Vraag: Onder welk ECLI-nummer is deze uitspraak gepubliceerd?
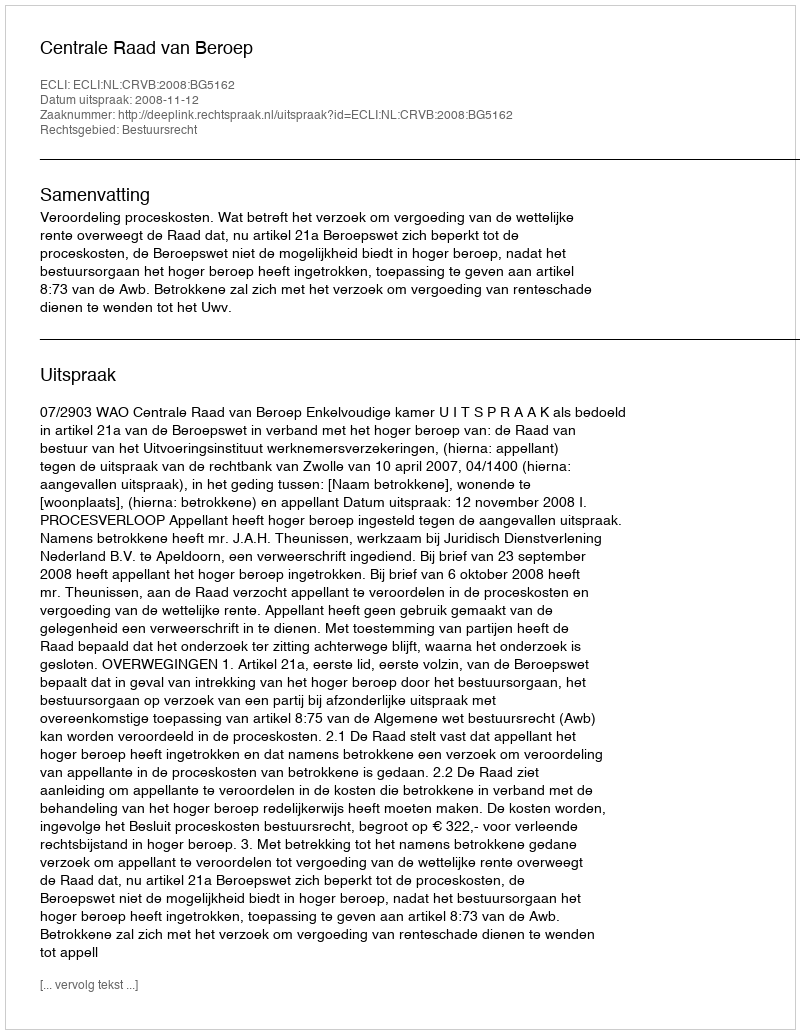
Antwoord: ECLI:NL:CRVB:2008:BG5162